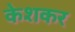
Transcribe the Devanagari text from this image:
केशकर